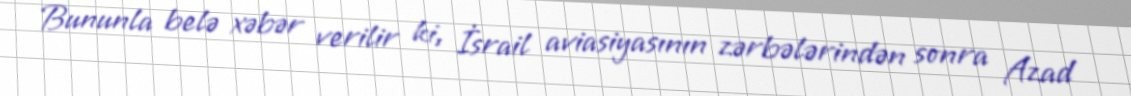
Bununla belə xəbər verilir ki, İsrail aviasiyasının zərbələrindən sonra Azad